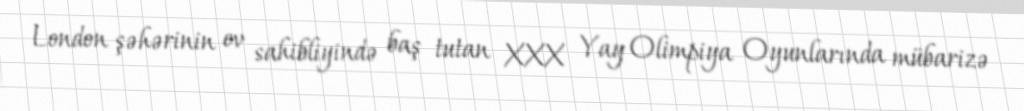
London şəhərinin ev sahibliyində baş tutan XXX Yay Olimpiya Oyunlarında mübarizə